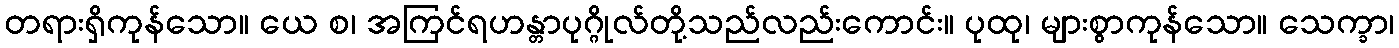
တရားရှိကုန်သော။ ယေ စ၊ အကြင်ရဟန္တာပုဂ္ဂိုလ်တို့သည်လည်းကောင်း။ ပုထု၊ များစွာကုန်သော။ သေက္ခာ၊